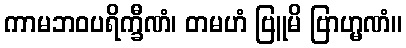
ကာမဘဝပရိက္ခီဏံ၊ တမဟံ ဗြူမိ ဗြာဟ္မဏံ။